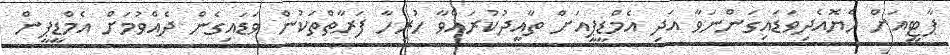
ޕާޓީއަށް ހެޔޮއެދިވަޑައިގަންނަވާ އަދި އެމްޑީޕީއަށް ތާއީދުކުރައްވާ ހުރިހާ ފަރާތްތަކުން ވަޑައިގެން ދެއްވުމަށް އެމްޑީޕީން